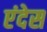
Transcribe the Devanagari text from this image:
एंदेस